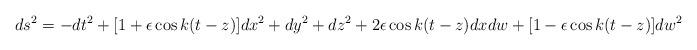
LaTeX: \begin{align*}ds^2=-dt^2+[1+\epsilon\cos k(t-z)]dx^2+dy^2+dz^2+2\epsilon\cos k(t-z)dxdw+[1-\epsilon\cos k(t-z)]dw^2\end{align*}